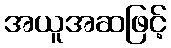
အယူအဆဖြင့်